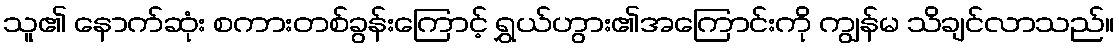
သူ၏ နောက်ဆုံး စကားတစ်ခွန်းကြောင့် ရွှယ်ဟွား၏အကြောင်းကို ကျွန်မ သိချင်လာသည်။